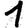
Digit: 1